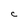
Character: C